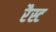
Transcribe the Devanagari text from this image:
रैस्ट